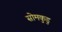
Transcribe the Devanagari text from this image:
सोमकुडु